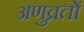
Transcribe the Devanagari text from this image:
अणुव्रतों